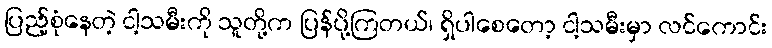
ပြည့်စုံနေတဲ့ ငါ့သမီးကို သူတို့က ပြန်ပို့ကြတယ်၊ ရှိပါစေတော့ ငါ့သမီးမှာ လင်ကောင်း